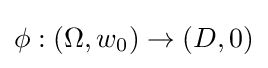
\phi :(\Omega ,w_{0})\to (D,0)